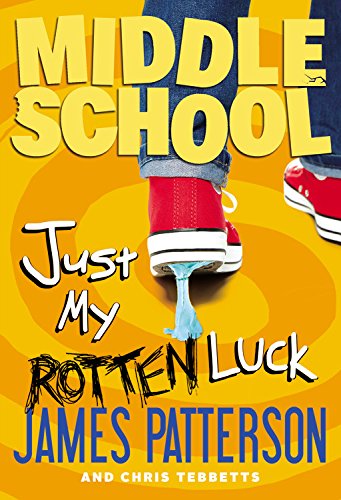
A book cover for Middle School: Just My Rotten Luck; James Patterson; Children's Books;